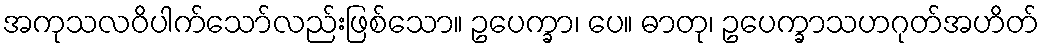
အကုသလဝိပါက်သော်လည်းဖြစ်သော။ ဥပေက္ခာ၊ ပေ။ ဓာတု၊ ဥပေက္ခာသဟဂုတ်အဟိတ်